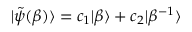
| \Tilde { \psi } ( \beta ) \rangle = c _ { 1 } | \beta \rangle + c _ { 2 } | \beta ^ { - 1 } \rangle